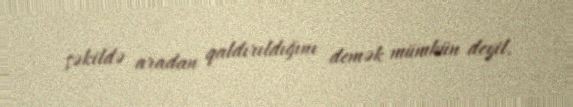
şəkildə aradan qaldırıldığını demək mümkün deyil.